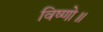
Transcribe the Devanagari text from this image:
विष्णो॥